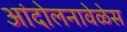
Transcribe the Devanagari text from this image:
आंदोलनावेळेस